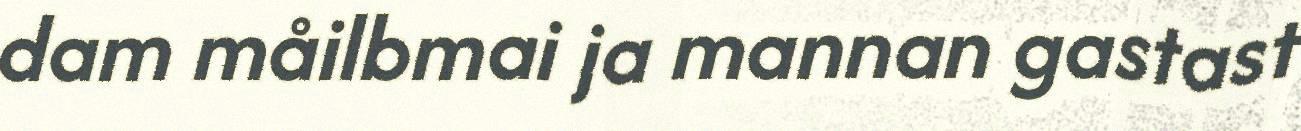
dam måilbmai ja mannan gastast